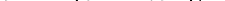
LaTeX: \smash{\sigma^{\pm}=(\sigma^{x}\pm i\sigma^{y})/2}